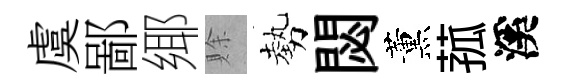
虞鄙鄊賖勢閟薰菰溪